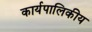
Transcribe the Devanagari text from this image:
कार्यपालिकीय